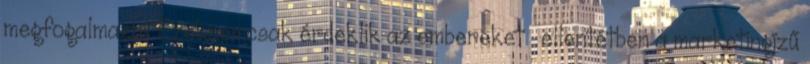
megfogalmazni. Ezeknemcsak érdeklik az embereket — ellentétben a marketingízű